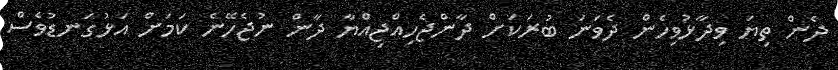
ދެން ތިޔަ ވިދާޅުވިހެން ދެވަނަ ބުރަކަށް ދާންޖެހިއްޖިއްޔާ ދާން ނުޖެހޭނެ ކަމަށް އަޅުގަނޑުވެސް